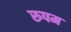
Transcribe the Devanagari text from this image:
रुपम